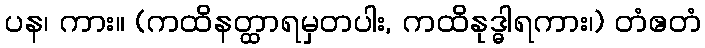
ပန၊ ကား။ (ကထိနတ္ထာရမှတပါး, ကထိနုဒ္ဓါရကား၊) တံဧတံ